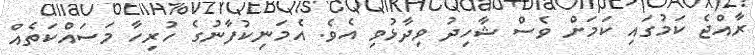
ރާއްޖެ ކަމުގައި ކަމަށް ވެސް ޝާހިދު ވިދާޅުވި އެވެ. އެމަނިކުފާނުގެ ހުރިހާ މަސައްކަތެއް